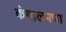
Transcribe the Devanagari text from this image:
कंगालपणा